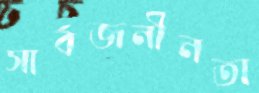
সার্বজনীনতা